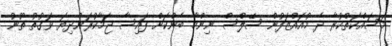
މަސައްކަތްކުރާ ދެ މުއައްޒަފުން ސޭލްސް ނިންމާ ބެންކަށް ފައިސާ ޖަމާކުރަންދިޔަ ވަގުތު ތޫނު